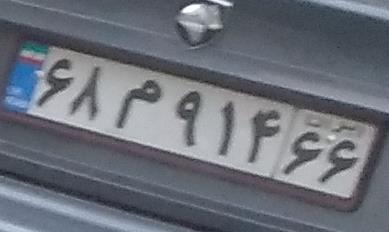
۶۸م۹۱۴۶۶